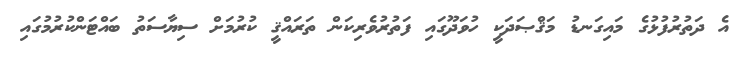
އެ ދަތުރުފުޅުގެ މައިގަނޑު މަޤްޞަަދަކީ ހުވަދޫގައި ފަތުރުވެރިކަން ތަރައްޤީ ކުރުމަށް ސިޔާސަތު ބައްޓަންކުރުމުގައި